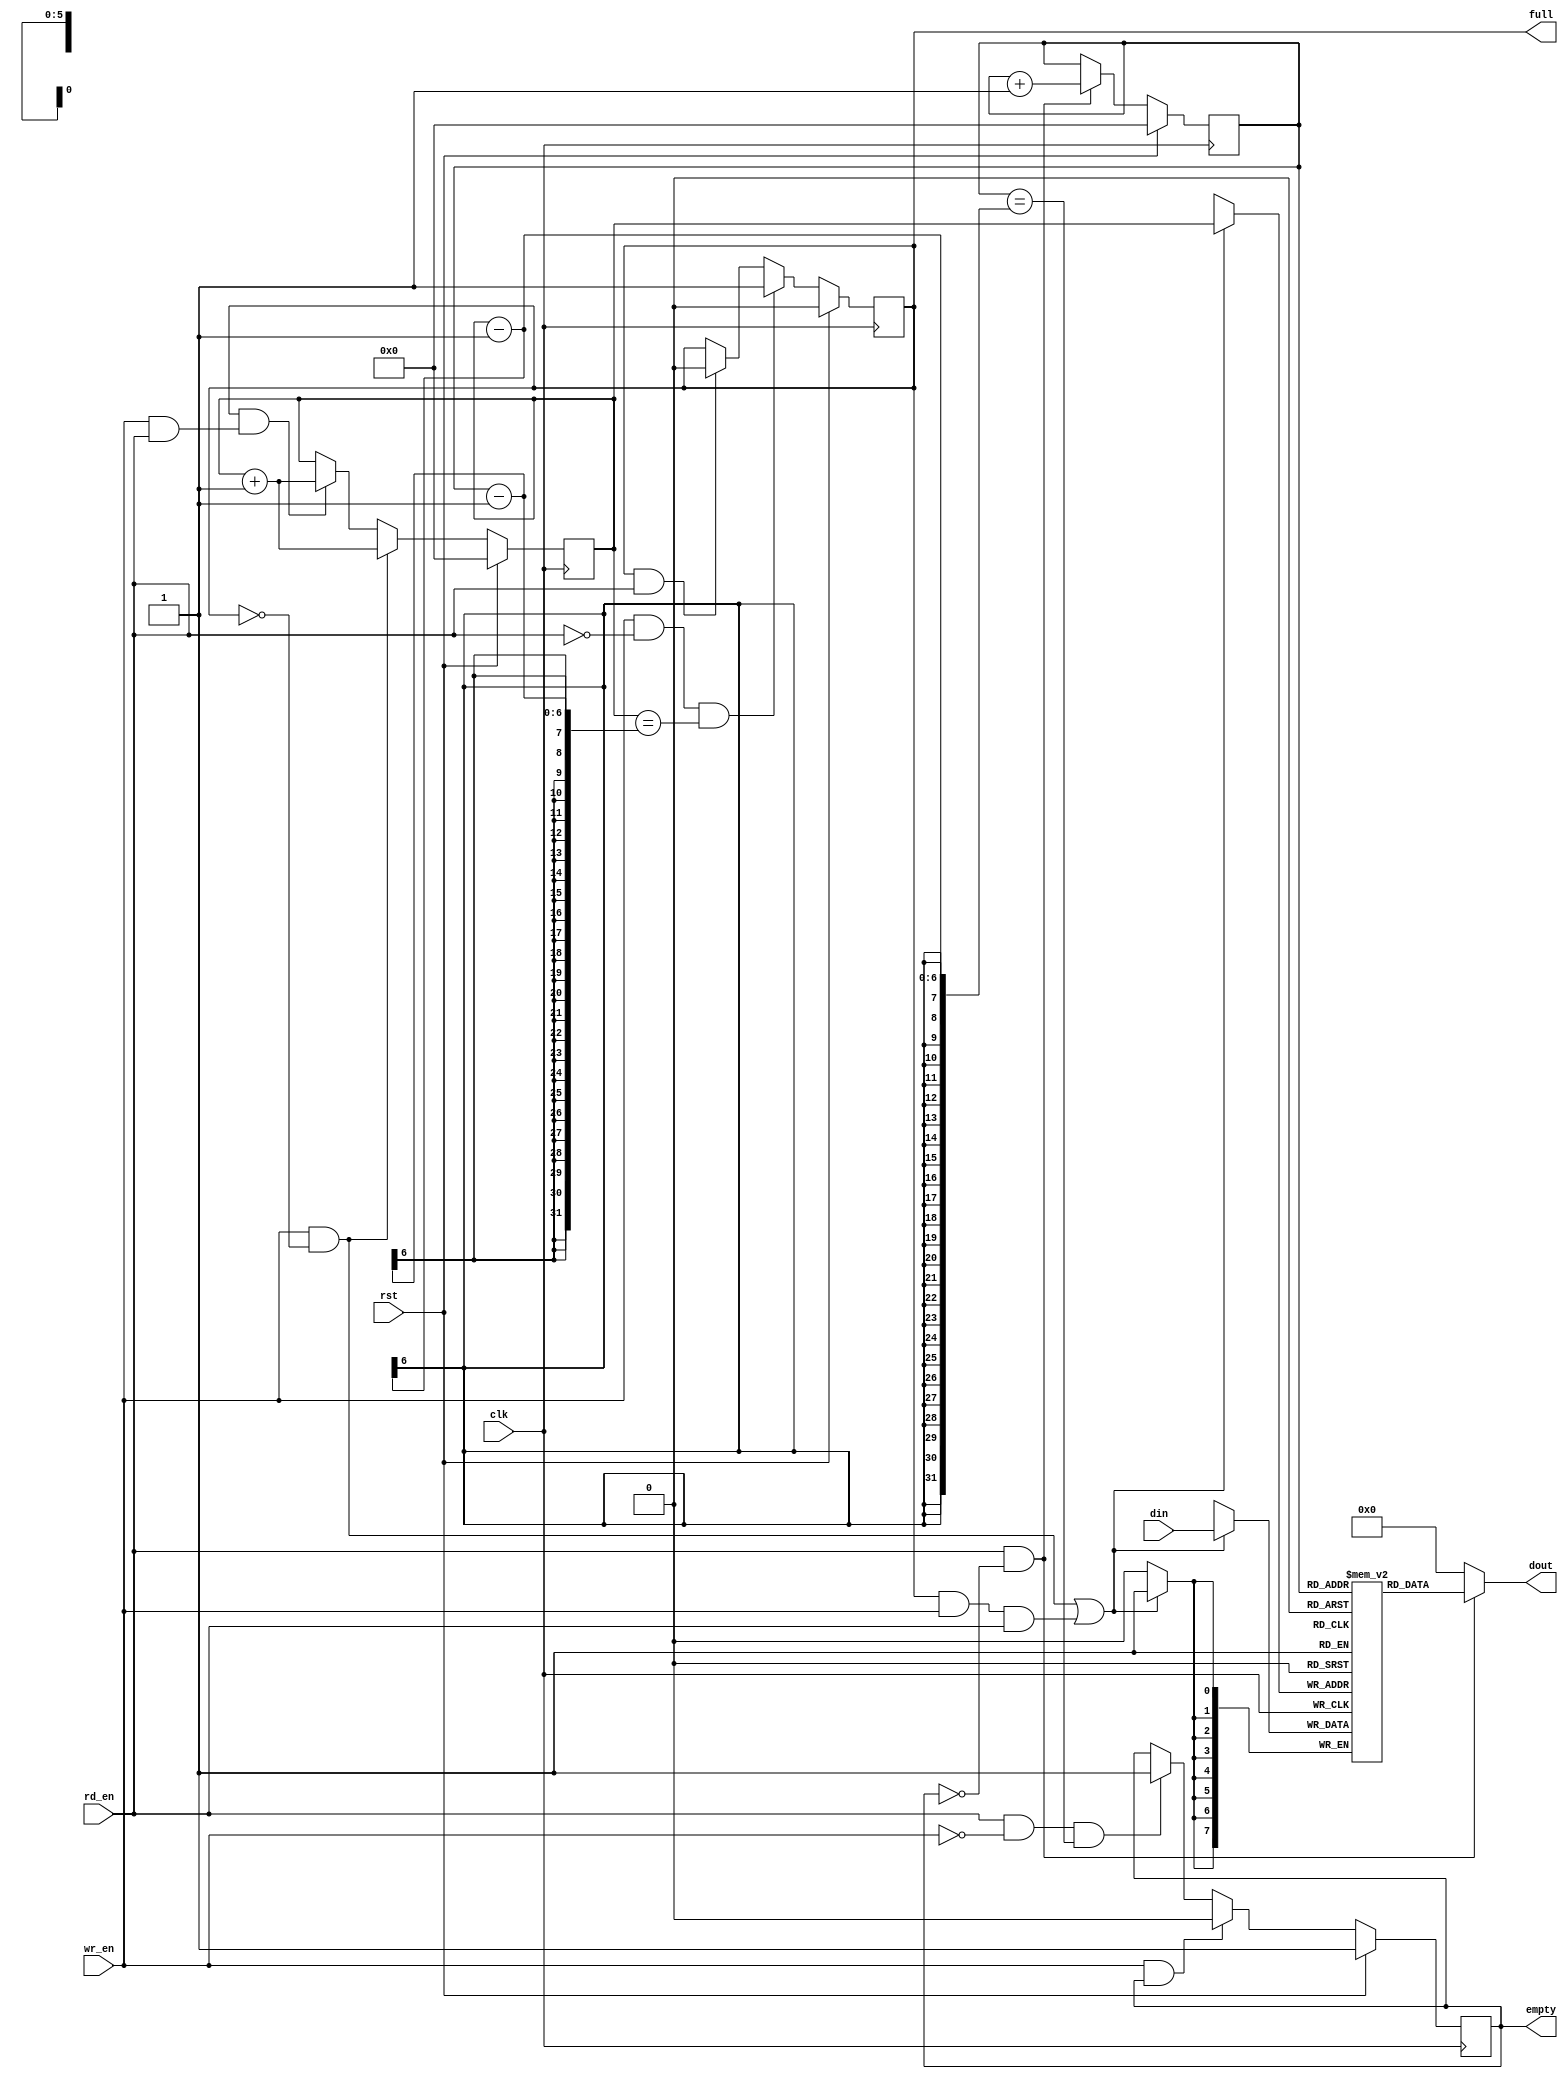
module s_fifo2
#(parameter WIDTH=8,
parameter DEPTH=64
)
(
			   input clk	   ,
			   input rst	   ,
			   input [WIDTH-1 : 0] din	   ,
			   input wr_en     ,
			   
			   input rd_en	   ,
			   output [WIDTH-1 : 0] dout	   ,
			   output reg empty,
			   output reg full
							);  

//parameter WIDTH=4'd8,DEPTH=7'd64;//864,2

reg [WIDTH-1 : 0] ram [DEPTH-1 : 0];//
//reg [DEPTH-1 : 0] count;

//
reg[5:0] rp;
reg[5:0] wp;


//din
always@(posedge clk) begin
if((wr_en & (~full)) || (full & wr_en & rd_en))begin
  ram[wp]<=din;
end
end

//dout
assign dout = (rd_en & ~empty)?ram[rp]:0;

//wp
always@(posedge clk)begin
	if(rst)begin
		wp <= 0;
	end
	else if(wr_en & ~full) begin
		wp <= wp + 1;
	end
	else if(full && (wr_en & rd_en)) begin
		wp <= wp + 1;
	end
end

//rp
always@(posedge clk) begin
	if(rst) begin
		rp <= 0;
	end
	else if(rd_en & ~empty) begin
            rp <= rp + 1;
      end
end

//full
always@(posedge clk) 
begin
	if(rst) 
	begin
		full <= 0;
	end
	else if((wr_en & ~rd_en) && (wp == rp - 1))
	begin
		full <= 1;
	end
	else if(full & rd_en)
	begin
		full <= 0;
	end
end

//empty
always@(posedge clk) begin
      if(rst) begin
            empty <= 1;
      end
      else if(wr_en & empty) begin
            empty <= 0;
      end
      else if((rd_en & ~wr_en) && (rp == wp - 1)) begin
            empty <= 1;
      end
end

endmodule